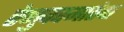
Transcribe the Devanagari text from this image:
रेणुकामातेचा